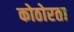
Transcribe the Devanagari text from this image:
कोठोरता